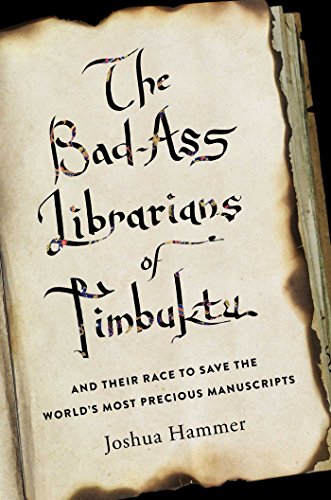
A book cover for The Bad-Ass Librarians of Timbuktu: And Their Race to Save the World's Most Precious Manuscripts; Joshua Hammer; Biographies & Memoirs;